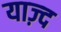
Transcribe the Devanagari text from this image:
याज़्द